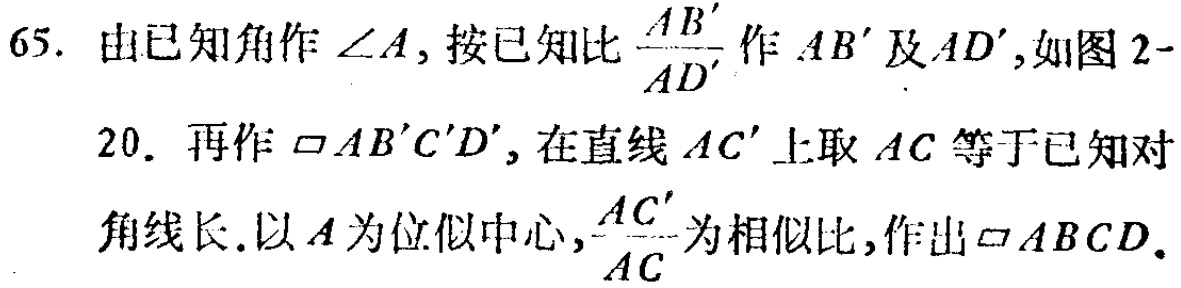
65. 由已知角作\(\angle A\)，按已知比\(\frac{AB'}{AD'}\)作 \(AB'\)及\(AD'\)，如图 2 -
20. 再作\(\square AB'C'D'\)，在直线\(AC'\)上取\(AC\)等于已知对
角线长.以\(A\)为位似中心，\(\frac{AC'}{AC}\)为相似比，作出\(\square ABCD\)。